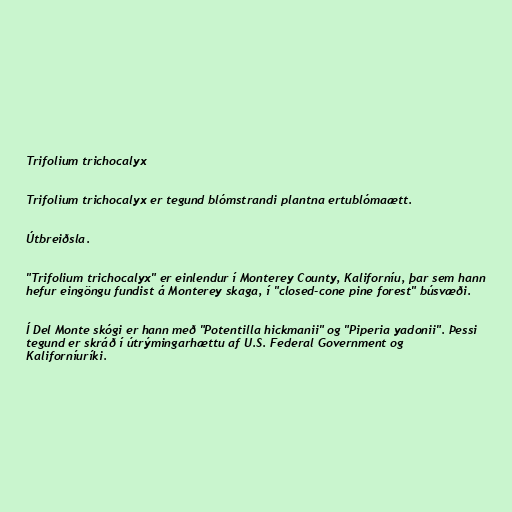
Trifolium trichocalyx

Trifolium trichocalyx er tegund blómstrandi plantna ertublómaætt.

Útbreiðsla.

"Trifolium trichocalyx" er einlendur í Monterey County, Kaliforníu, þar sem hann
hefur eingöngu fundist á Monterey skaga, í "closed-cone pine forest" búsvæði.

Í Del Monte skógi er hann með "Potentilla hickmanii" og "Piperia yadonii". Þessi
tegund er skráð í útrýmingarhættu af U.S. Federal Government og
Kaliforníuríki.